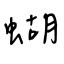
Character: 蝴